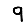
Digit: 9